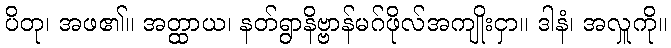
ပိတု၊ အဖ၏။ အတ္ထာယ၊ နတ်ရွာနိဗ္ဗာန်မဂ်ဖိုလ်အကျိုးငှာ။ ဒါနံ၊ အလှူကို။